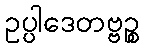
ဥပ္ပါဒေတဗ္ဗဉ္စ